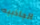
الجاذبيه